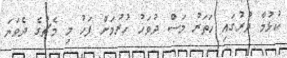
ކުޅުމާ ދުރުގައި ހަތަރު މަސް ދުވަހު ހުރުމަށް ފަހު މި މެޗުގެ ދެވަނަ